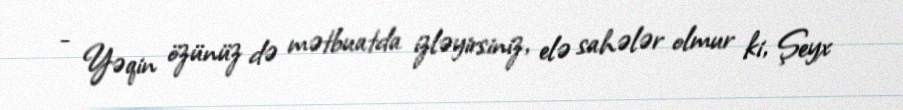
- Yəqin özünüz də mətbuatda izləyirsiniz, elə sahələr olmur ki, Şeyx